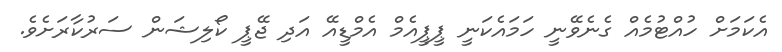
އެކަމަށް ހުއްޓުމެއް ގެނެވޭނީ ހަމައެކަނީ ޕީޕީއެމް އެމްޑީއޭ އަދި ޖޭޕީ ކޯލިޝަން ސަރުކާރަށެެވެ.